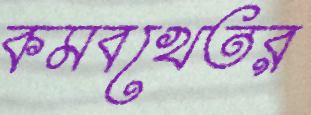
কমবখেতর